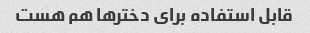
قابل استفاده برای دخترها هم هست